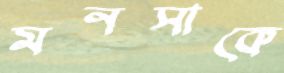
মনসাকে